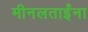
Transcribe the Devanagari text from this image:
मीनलताईंना